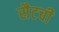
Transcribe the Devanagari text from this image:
सैटची